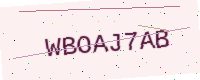
Text: WBOAJ7AB